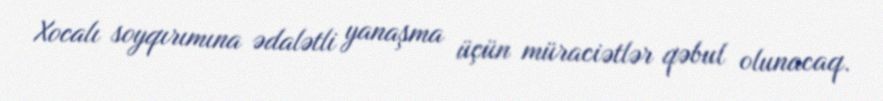
Xocalı soyqırımına ədalətli yanaşma üçün müraciətlər qəbul olunacaq.